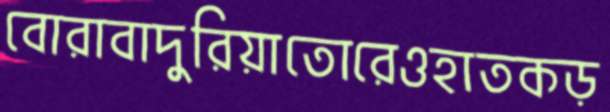
বোরাবাদুরিয়াতোরেওহাতকড়